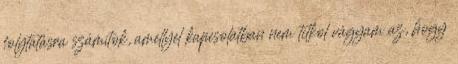
folytatásra számítok, amellyel kapcsolatban nem titkol vágyam az, hogy